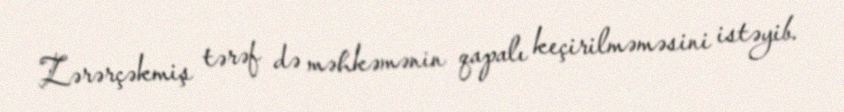
Zərərçəkmiş tərəf də məhkəmənin qapalı keçirilməməsini istəyib.